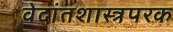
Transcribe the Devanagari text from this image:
वेदांतशास्त्रपरक